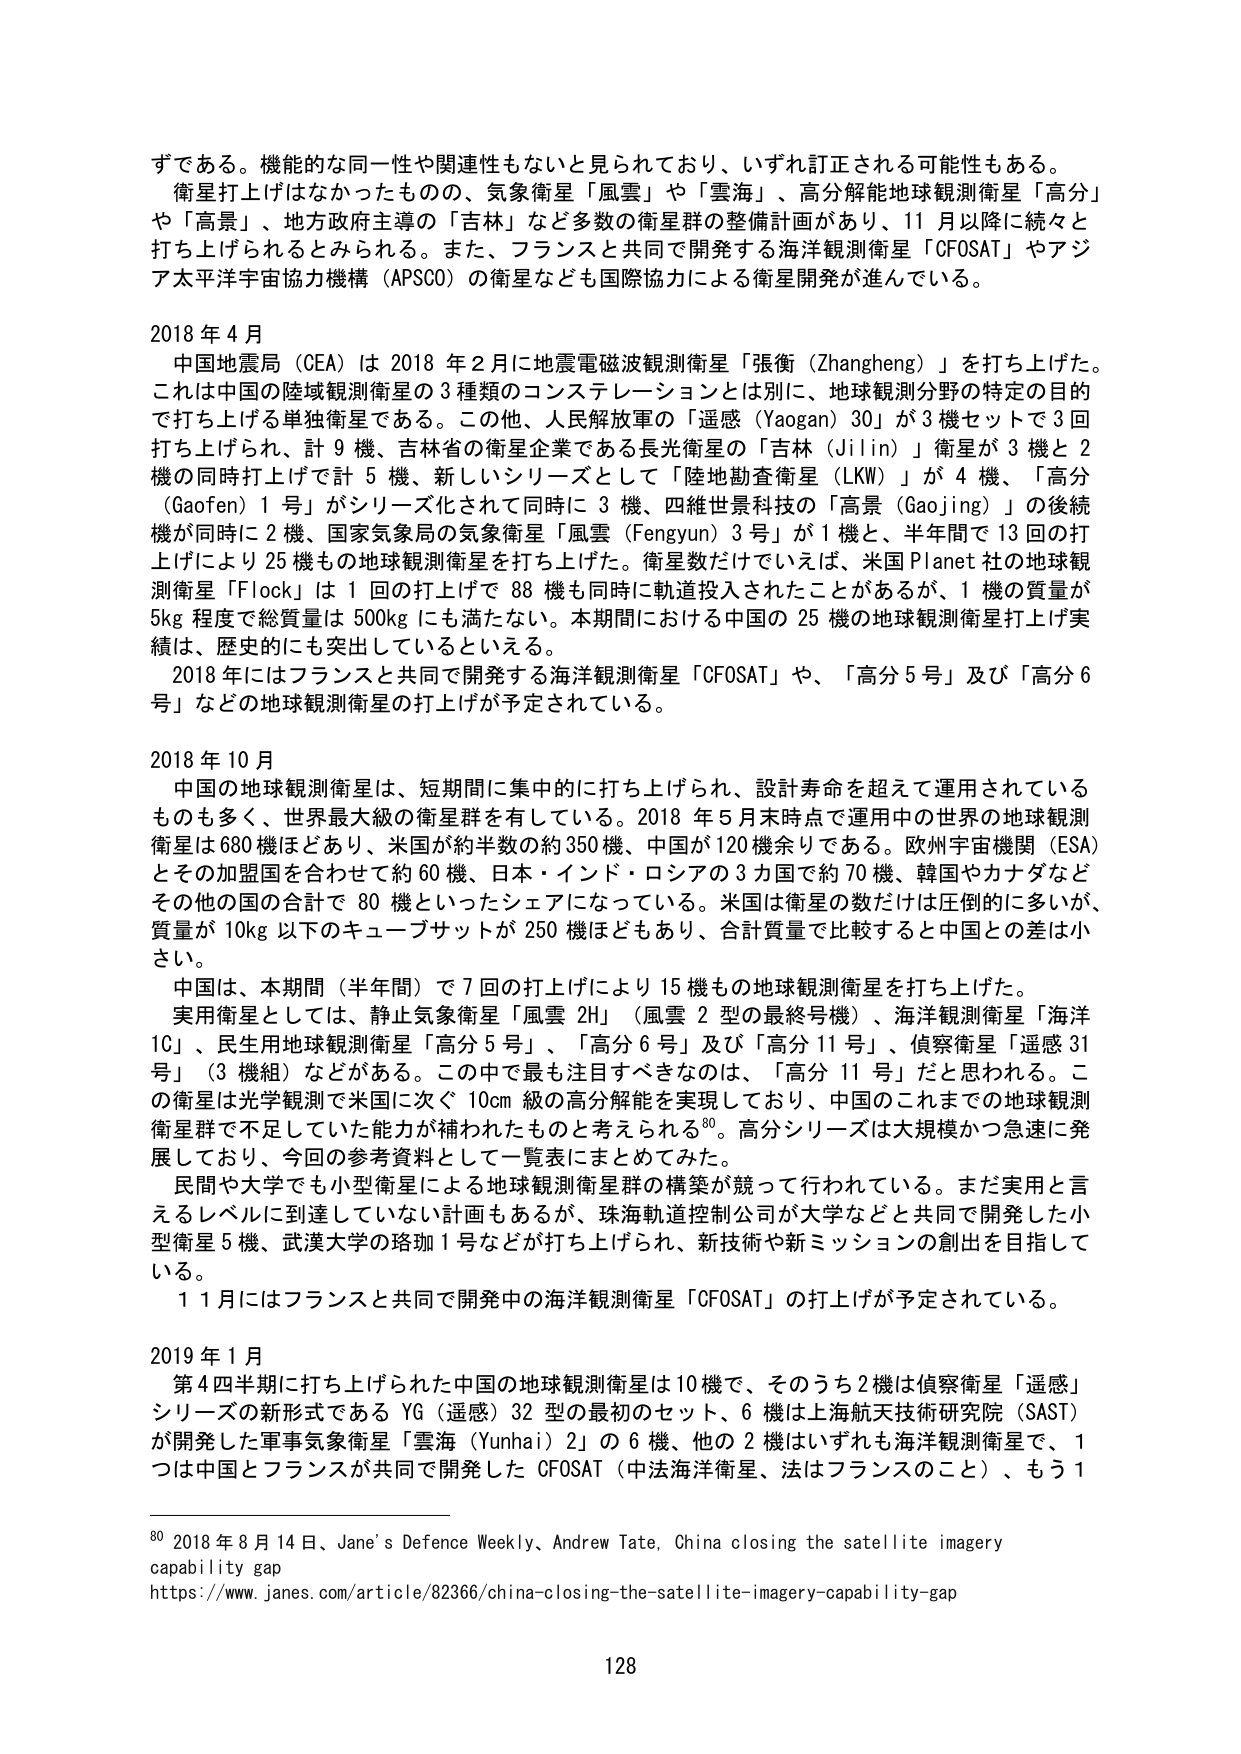
ずである。機能的な同一性や関連性もないと思われており、いずれ訂正される可能性もある。

衛星打上げはなかったものの、気象衛星「風雲」や「雲海」、高分解能地球観測衛星「高分」や「高景」、地方政府主導の「吉林」など多数の衛星群の整備計画があり、11月以降に続々と打ち上げられるとみられる。また、フランスと共同で開発する海洋観測衛星「CFOSAT」やアジア太平洋宇宙協力機構（APSCO）の衛星なども国際協力による衛星開発が進んでいる。

2018年4月
中国地震局（CEA）は2018年2月に地震電磁波観測衛星「張衡（Zhangheng）」を打ち上げた。これは中国の陸域観測衛星の3種類のコンステレーションとは別に、地球観測分野の特定の目的で打ち上げる単独衛星である。この他、人民解放軍の「遥感（Yaogan）30」が3機セットで3回打ち上げられ、計9機、吉林省の衛星企業である長光衛星の「吉林（Jilin）」衛星が3機と2機の同時打上げで計5機、新しいシリーズとして「陸地勘查衛星（LKW）」が4機、「高分（Gaofen）1号」がシリーズ化されて同時に3機、四維世景科技の「高景（Gaojing）」の後続機が同時に2機、国家気象局の気象衛星「風雲（Fengyun）3号」が1機と、半年間で13回の打上げにより25機もの地球観測衛星を打ち上げた。衛星数だけではいえば、米国Planet社の地球観測衛星「Flock」は1回の打上げで88機も同時に軌道投入されたことがあるが、1機の質量が5kg程度で総質量は500kgにも満たない。本期間における中国の25機の地球観測衛星打上げ実績は、歴史的にも突出しているといえる。
2018年にはフランスと共同で開発する海洋観測衛星「CFOSAT」や、「高分5号」及び「高分6号」などの地球観測衛星の打上げが予定されている。

2018年10月
中国の地球観測衛星は、短期間に集中的に打ち上げられ、設計寿命を超えて運用されているものも多く、世界最大級の衛星群を有している。2018年5月末時点で運用中の世界の地球観測衛星は680機ほどあり、米国が約半数の約350機、中国が120機余りである。欧州宇宙機関（ESA）とその加盟国を合わせて約60機、日本・インド・ロシアの3カ国で約70機、韓国やカナダなどその他の国の合計で80機といったシェアになっている。米国は衛星の数だけは圧倒的に多いが、質量が10kg以下のキューブサットが250機ほどもあり、合計質量で比較すると中国との差は小さい。
中国は、本期間（半年間）で7回の打上げにより15機もの地球観測衛星を打ち上げた。
実用衛星としては、静止気象衛星「風雲2H」（風雲2型の最終号機）、海洋観測衛星「海洋1C」、民生用地球観測衛星「高分5号」、「高分6号」及び「高分11号」、偵察衛星「遥感31号」（3機組）などがある。この中で最も注目すべきなのは、「高分11号」だと思われる。この衛星は光学観測で米国に次ぐ10cm級の高分解能を実現しており、中国のこれまでの地球観測衛星群で不足していた能力が補われたものと考えられる⁸⁰。高分シリーズは大規模かつ急速に発展しており、今回の参考資料として一覧表にまとめてみた。
民間や大学でも小型衛星による地球観測衛星群の構築が競って行われている。まだ実用と言えるレベルに到達していない計画もあるが、珠海軌道控制公司が大学などと共同で開発した小型衛星5機、武漢大学の珞珈1号などが打ち上げられ、新技術や新ミッションの創出を目指している。
1月にはフランスと共同で開発中の海洋観測衛星「CFOSAT」の打上げが予定されている。

2019年1月
第4四半期に打ち上げられた中国の地球観測衛星は10機で、そのうち2機は偵察衛星「遥感」シリーズの新形式であるYG（遥感）32型の最初のセット、6機は上海航天技術研究院（SAST）が開発した軍事気象衛星「雲海（Yunhai）2」の6機、他の2機はいずれも海洋観測衛星で、1つは中国とフランスが共同で開発したCFOSAT（中法海洋衛星、法はフランスのこと）、もう1

⁸⁰ 2018年8月14日、Jane's Defence Weekly、Andrew Tate, China closing the satellite imagery capability gap
https://www.janes.com/article/82366/china-closing-the-satellite-imagery-capability-gap

128